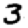
Digit: 3